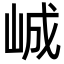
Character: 峸